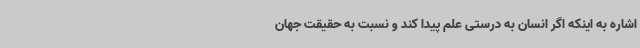
اشاره به اینکه اگر انسان به درستی علم پیدا کند و نسبت به حقیقت جهان